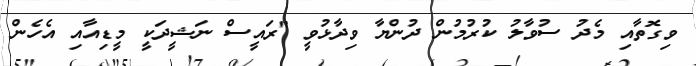
ވިގޮތާއި މެދު ސުވާލު ކުރުމުން ދުންޔާ ވިދާޅުވީ "ރައީސް ނަޝީދަކީ މީޑިއާއި އެހެން